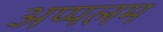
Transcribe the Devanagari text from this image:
अप्पलम